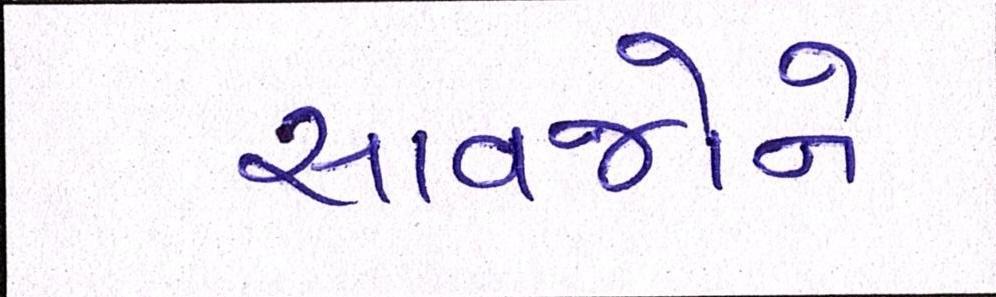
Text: સાવજોને